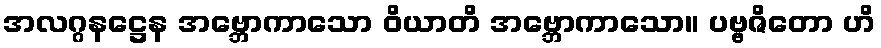
အလဂ္ဂနဋ္ဌေန အဗ္ဘောကာသော ဝိယာတိ အဗ္ဘောကာသော။ ပဗ္ဗဇိတော ဟိ